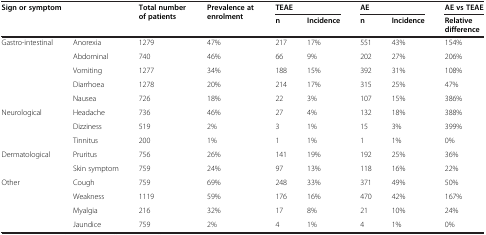
<table><thead><tr><td rowspan="2" colspan="2"><b>Sign or symptom</b></td><td rowspan="2"><b>Total number of patients</b></td><td rowspan="2"><b>Prevalence at enrolment</b></td><td colspan="2"><b>TEAE</b></td><td colspan="2"><b>AE</b></td><td><b>AE vs TEAE</b></td></tr><tr><td><b>n</b></td><td><b>Incidence</b></td><td><b>n</b></td><td><b>Incidence</b></td><td><b>Relative difference</b></td></tr></thead><tbody><tr><td rowspan="2">Gastro-intestinal</td><td>Anorexia</td><td>1279</td><td>47%</td><td>217</td><td>17%</td><td>551</td><td>43%</td><td>154%</td></tr><tr><td>Abdominal</td><td>740</td><td>46%</td><td>66</td><td>9%</td><td>202</td><td>27%</td><td>206%</td></tr><tr><td> </td><td>Vomiting</td><td>1277</td><td>34%</td><td>188</td><td>15%</td><td>392</td><td>31%</td><td>108%</td></tr><tr><td> </td><td>Diarrhoea</td><td>1278</td><td>20%</td><td>214</td><td>17%</td><td>315</td><td>25%</td><td>47%</td></tr><tr><td> </td><td>Nausea</td><td>726</td><td>18%</td><td>22</td><td>3%</td><td>107</td><td>15%</td><td>386%</td></tr><tr><td>Neurological</td><td>Headache</td><td>736</td><td>46%</td><td>27</td><td>4%</td><td>132</td><td>18%</td><td>388%</td></tr><tr><td> </td><td>Dizziness</td><td>519</td><td>2%</td><td>3</td><td>1%</td><td>15</td><td>3%</td><td>399%</td></tr><tr><td> </td><td>Tinnitus</td><td>200</td><td>1%</td><td>1</td><td>1%</td><td>1</td><td>1%</td><td>0%</td></tr><tr><td>Dermatological</td><td>Pruritus</td><td>756</td><td>26%</td><td>141</td><td>19%</td><td>192</td><td>25%</td><td>36%</td></tr><tr><td> </td><td>Skin symptom</td><td>759</td><td>24%</td><td>97</td><td>13%</td><td>118</td><td>16%</td><td>22%</td></tr><tr><td>Other</td><td>Cough</td><td>759</td><td>69%</td><td>248</td><td>33%</td><td>371</td><td>49%</td><td>50%</td></tr><tr><td> </td><td>Weakness</td><td>1119</td><td>59%</td><td>176</td><td>16%</td><td>470</td><td>42%</td><td>167%</td></tr><tr><td> </td><td>Myalgia</td><td>216</td><td>32%</td><td>17</td><td>8%</td><td>21</td><td>10%</td><td>24%</td></tr><tr><td> </td><td>Jaundice</td><td>759</td><td>2%</td><td>4</td><td>1%</td><td>4</td><td>1%</td><td>0%</td></tr></tbody></table>